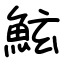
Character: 鮌